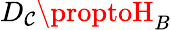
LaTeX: D_{\mathcal{C}}\proptoH_{B}